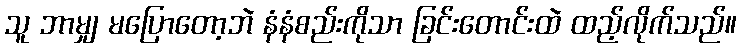
သူ ဘာမျှ မပြောတော့ဘဲ နံနံစည်းကိုသာ ခြင်းတောင်းထဲ ထည့်လိုက်သည်။